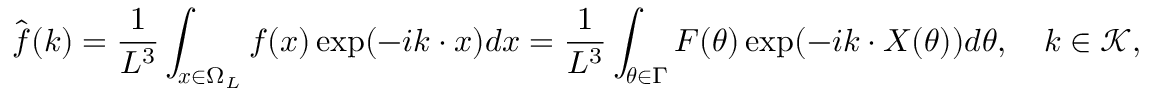
\hat { \boldsymbol f } ( \boldsymbol k ) = \frac { 1 } { L ^ { 3 } } \int _ { \boldsymbol x \in \Omega _ { L } } \boldsymbol f ( \boldsymbol x ) \exp ( - i \boldsymbol k \cdot \boldsymbol x ) d \boldsymbol x = \frac { 1 } { L ^ { 3 } } \int _ { \boldsymbol \theta \in \Gamma } \boldsymbol F ( \boldsymbol \theta ) \exp ( - i \boldsymbol k \cdot \boldsymbol X ( \boldsymbol \theta ) ) d \boldsymbol \theta , \quad \boldsymbol k \in \mathcal { K } ,